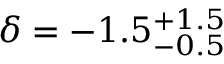
\delta = - 1 . 5 _ { - 0 . 5 } ^ { + 1 . 5 }